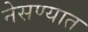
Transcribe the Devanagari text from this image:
नेसण्यात